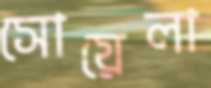
সোয়েলা